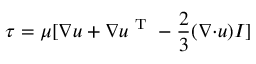
\tau = \mu [ \boldsymbol { \nabla } \boldsymbol { u } + \boldsymbol { \nabla } \boldsymbol { u } ^ { \mathrm { ~ T ~ } } - \frac { 2 } { 3 } ( \boldsymbol { \nabla \cdot } \boldsymbol { u } ) I ]